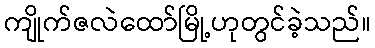
ကျိုက်ဇလဲထော်မြို့ဟုတွင်ခဲ့သည်။